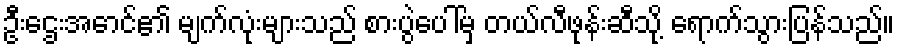
ဦးဌေးအောင်၏ မျက်လုံးများသည် စားပွဲပေါ်မှ တယ်လီဖုန်းဆီသို့ ရောက်သွားပြန်သည်။